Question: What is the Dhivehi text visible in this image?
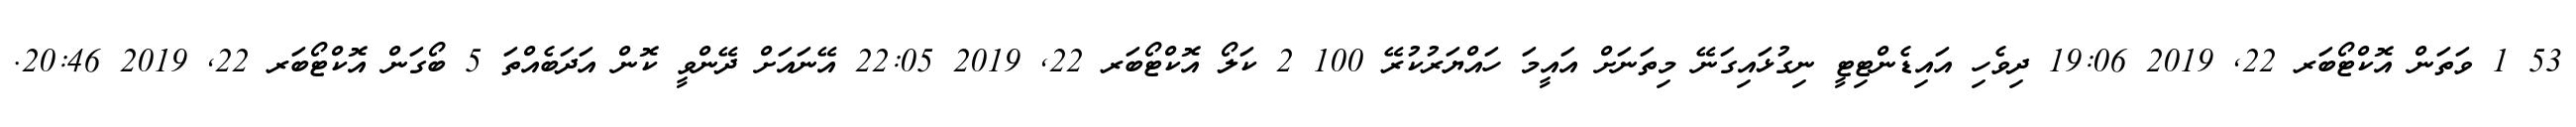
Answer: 53 1 ވަތަން އޮކްޓޯބަރ 22, 2019 19:06 ދިވެހި އައިޑެންޓިޓީ ނިގުޅައިގަނޭ މިތަނަށް އައީމަ ހައްޔަރުކުރޭ 100 2 ކަލޯ އޮކްޓޯބަރ 22, 2019 22:05 އޭނައަށް ދޭންވީ ކޮން އަދަބެއްތަ 5 ބޯގަން އޮކްޓޯބަރ 22, 2019 20:46.